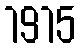
1915